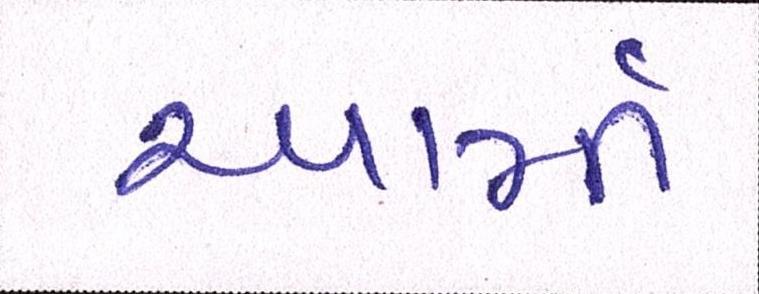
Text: આર્મી